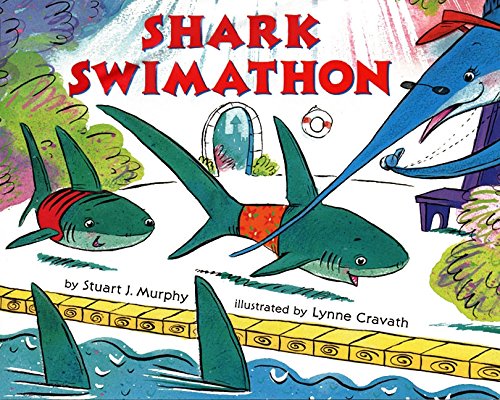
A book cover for Shark Swimathon (MathStart 3); Stuart J. Murphy; Children's Books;